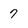
Character: 7